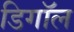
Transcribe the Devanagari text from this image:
डिगॉल